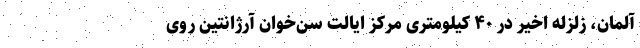
آلمان، زلزلهٔ اخیر در ۴۰ کیلومتری مرکز ایالت سن‌خوان آرژانتین روی